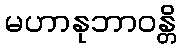
မဟာနုဘာဝန္တိ